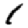
Digit: 1